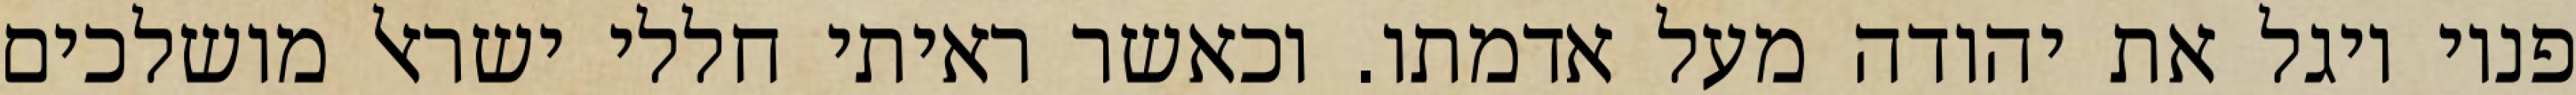
פניו ויגל את יהודה מעל אדמתו. וכאשר ראיתי חללי ישראל מושלכים